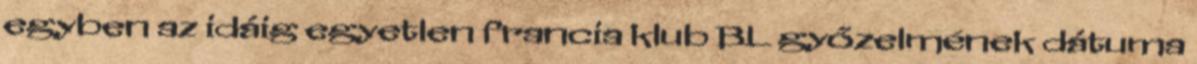
egyben az idáig egyetlen francia klub BL győzelmének dátuma